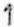
1